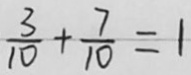
\frac { 3 } { 1 0 } + \frac { 7 } { 1 0 } = 1